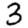
Digit: 3